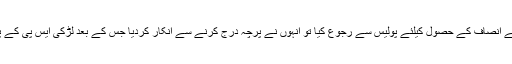
متاثرہ لڑکی نے انصاف کے حصول کیلئے پولیس سے رجوع کیا تو انہوں نے پرچہ درج کرنے سے انکار کردیا جس کے بعد لڑکی ایس پی کے پاس پہنچ گئی۔